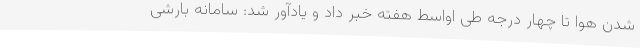
شدن هوا تا چهار درجه طی اواسط هفته خبر داد و یادآور شد: سامانه بارشی